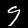
Label: 9